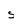
Character: s